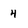
Character: 4